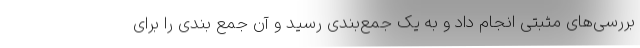
بررسی‌های مثبتی انجام داد و به یک جمع‌بندی رسید و آن جمع بندی را برای